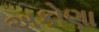
અકોણા